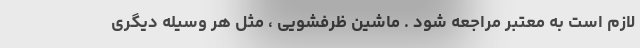
لازم است به معتبر مراجعه شود . ماشین ظرفشویی ، مثل هر وسیله دیگری